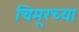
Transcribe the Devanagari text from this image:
चिमूरच्या